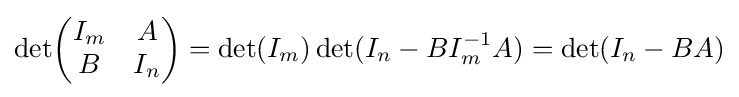
\det \!{\begin{pmatrix}I_{m}&A\\B&I_{n}\end{pmatrix}}=\det(I_{m})\det(I_{n}-BI_{m}^{-1}A)=\det(I_{n}-BA)